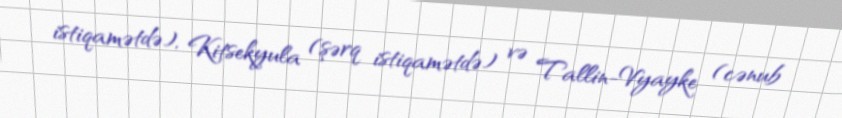
istiqamətdə), Kitsekyula (şərq istiqamətdə) və Tallin-Vyayke (cənub